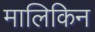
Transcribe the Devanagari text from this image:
मालिकिन